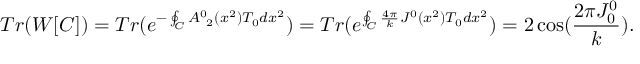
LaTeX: T r ( W [ { \cal C } ] ) = T r ( e ^ { - \oint _ { \cal C } A _ { \ 2 } ^ { 0 } ( x ^ { 2 } ) T _ { 0 } d x ^ { 2 } } ) = T r ( e ^ { \oint _ { \cal C } \frac { 4 \pi } { k } J ^ { 0 } ( x ^ { 2 } ) T _ { 0 } d x ^ { 2 } } ) = 2 \cos ( { \frac { 2 \pi J _ { 0 } ^ { 0 } } { k } } ) .